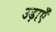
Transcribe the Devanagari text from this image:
उड़ाएँ